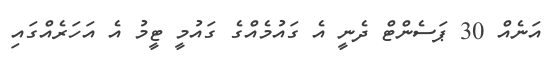
އަނެއް 30 ޕަސެންޓް ދެނީ އެ ގައުމެއްގެ ގައުމީ ޓީމު އެ އަހަރެއްގައި